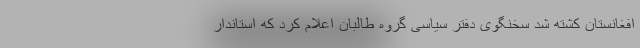
افغانستان کشته شد سخنگوی دفتر سیاسی گروه طالبان اعلام کرد که استاندار